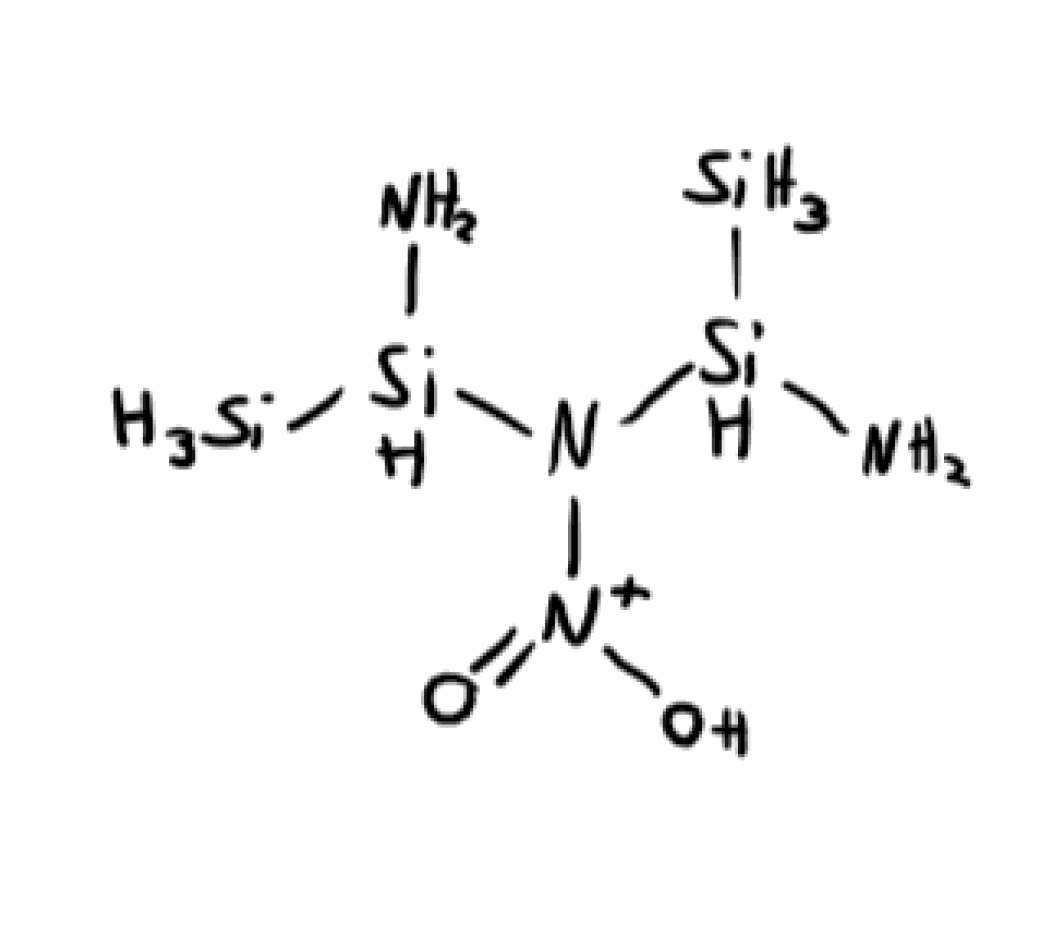
Simplified molecular-input line-entry system (SMILES) notation of the given molecule:
N[SiH](N([N+](=O)O)[SiH](N)[SiH3])[SiH3]